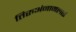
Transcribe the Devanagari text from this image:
तिरुअंनामलाई